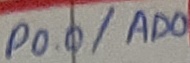
Text: P0.0/AD0